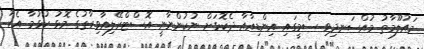
މައުލޫމާތު މުއްސަނދިވި ސެމީގައި އިންޑިއާއާ ދެކޮޅަށް ނުކުންނާނީ އޮސްޓްރޭލިއާވިރާތުގެ މޮޅު ކުޅުމާ އެކު